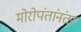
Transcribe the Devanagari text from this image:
मोरोपंतांनंतर